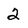
Character: 2